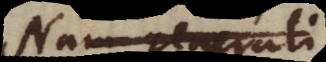
Nam generali